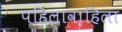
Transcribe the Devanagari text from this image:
पहिलावाहिला